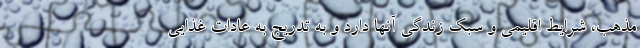
مذهب، شرایط اقلیمی و سبک زندگی آنها دارد و به‌ تدریج به عادات غذایی